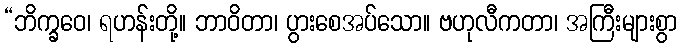
“ဘိက္ခဝေ၊ ရဟန်းတို့။ ဘာဝိတာ၊ ပွားစေအပ်သော။ ဗဟုလီကတာ၊ အကြီးများစွာ